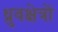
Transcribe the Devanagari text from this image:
ध्रुवक्षेत्रों